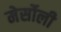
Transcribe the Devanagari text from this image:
मेर्सोली